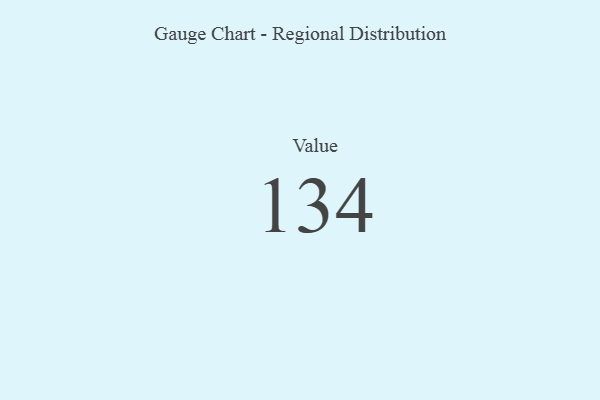
{"axis": {"x": "Metric", "y": "Value"}, "legend": [""], "data": [{"x": "Value", "y": 134, "type": ""}]}